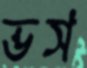
ভস